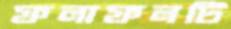
ফলাফলটি